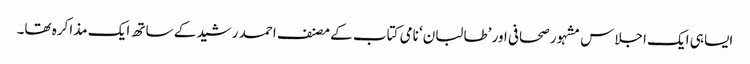
ایسا ہی ایک اجلاس مشہور صحافی اور ’طالبان‘ نامی کتاب کے مصنف احمد رشید کے ساتھ ایک مذاکرہ تھا۔